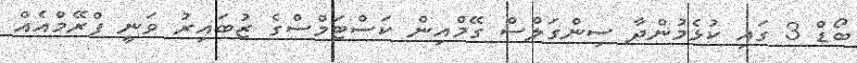
ބޯޑް 3 ގައި ކުޅެމުންދާ ސިންގަލްސް ގޭމްއިން ކަސްޓަމްސްގެ ޒުބައިރު ވަނީ ފްރޭމްއެއް